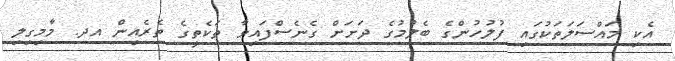
އެކި މައްސަލަތަކުގައި ފުލުހުންގެ ބެލުމުގެ ދަށަށް ގެނެސްފައިވާ ތަކެތީގެ ތެރެއިން އދ. މާމިގިލި